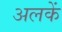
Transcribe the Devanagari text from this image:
अलकें